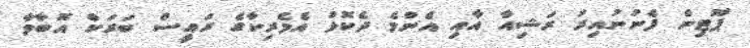
ޕޫޓިން ފެނުނުއިރު ރަޝިއާ އާއި އެންމެ ދެކޮޅު އެމެރިކާގެ ރައީސް ބަރަކް އޮބާމާ